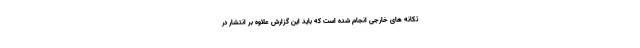
تکانه های خارجی انجام شده است که باید این گزارش علاوه بر انتشار در